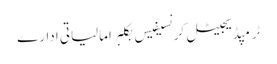
ٹرمپڈیجیٹل کرنسیفیس بکلبرامالیاتی ادارے